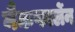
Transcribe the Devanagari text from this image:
मैकफार्लेन